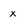
Character: x